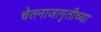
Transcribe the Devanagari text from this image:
चेतनाजागृतीच्या